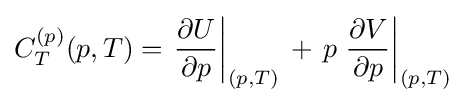
C_{T}^{(p)}(p,T)=\left.{\frac {\partial U}{\partial p}}\right|_{(p,T)}\,+\,p\left.{\frac {\partial V}{\partial p}}\right|_{(p,T)}\